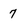
Character: 7